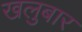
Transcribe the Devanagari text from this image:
खलुबार